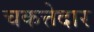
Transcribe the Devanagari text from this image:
चकत्तेदार